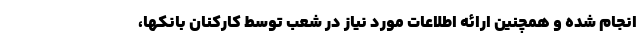
انجام شده و همچنين ارائه اطلاعات مورد نياز در شعب توسط کارکنان بانکها،